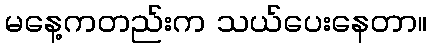
မနေ့ကတည်းက သယ်ပေးနေတာ။